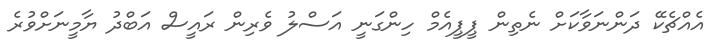
އެއްޗެކޭ ދަންނަވާކަށް ނެތިން ޕީޕީއެމް ހިންގަނީ އަސްލު ވެރިން ރައީސް އަބްދު ޔާމީނަށްވުރެ